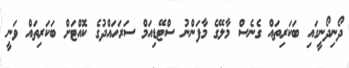
ދޯނިދޯނީގައި ބަކަރިތައް ގެނެސް މާލޭގެ މާފަންނު ސްޓޭޑިއަމް ސަރަހައްދުގެ ކޮއްޓަށް ބަކަރިތައް ވަނީ